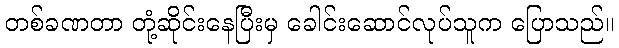
တစ်ခဏတာ တုံ့ဆိုင်းနေပြီးမှ ခေါင်းဆောင်လုပ်သူက ပြောသည်။